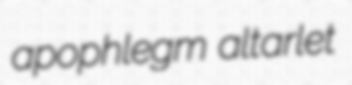
apophlegm altarlet